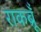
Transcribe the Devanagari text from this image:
राकब्रूँ